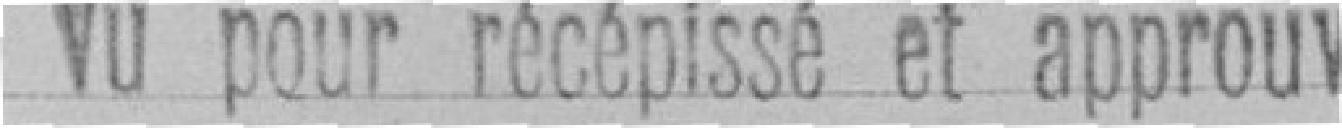
Vu pour récépissé et approuvé